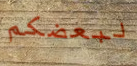
لبعضكم